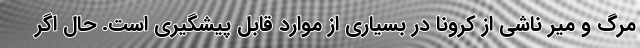
مرگ و میر ناشی از کرونا در بسیاری از موارد قابل پیشگیری است. حال اگر